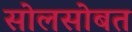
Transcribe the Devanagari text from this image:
सोलसोबत